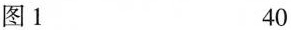
图 1 40